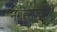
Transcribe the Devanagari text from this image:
नगरराज्यांशी